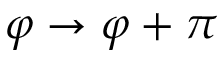
\varphi \rightarrow \varphi + \pi